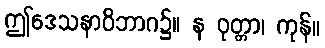
ဤဒေသနာဝိဘာဂ၌။ န ဝုတ္တာ၊ ကုန်။